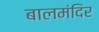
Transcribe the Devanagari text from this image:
बालमंदिर